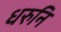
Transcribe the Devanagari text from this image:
धरुनि